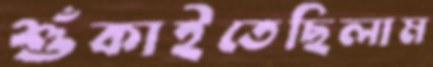
শুঁকাইতেছিলাম